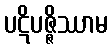
ပဋိပဇ္ဇိဿာမ